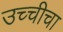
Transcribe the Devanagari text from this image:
उच्चीचा